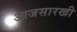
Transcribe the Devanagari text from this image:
आजसारखी